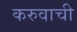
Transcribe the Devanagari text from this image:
करुवाची